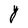
Character: d